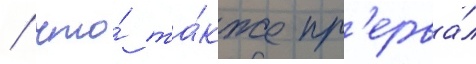
/ что́ та́кже пр'ерва́л